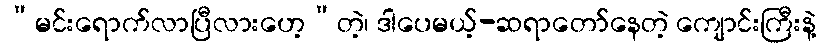
“မင်းရောက်လာပြီလားဟေ့”တဲ့၊ ဒါပေမယ့်-ဆရာတော်နေတဲ့ ကျောင်းကြီးနဲ့